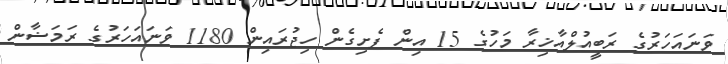
ވަނައަހަރުގެ ރަބީއުލްއާޚިރާ މަހުގެ 15 އިން ފެށިގެން ހިޖުރައިން 1180 ވަނައަހަރުގެ ރަމަޟާން